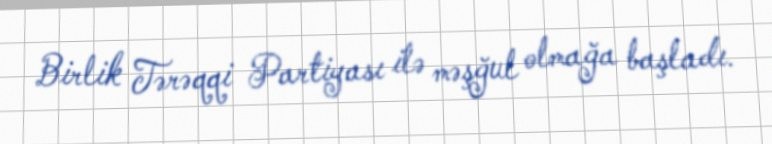
Birlik Tərəqqi Partiyası ilə məşğul olmağa başladı.